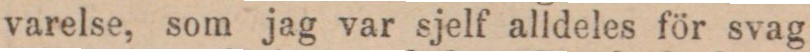
varelse, som jag var sjelf alldeles för svag